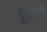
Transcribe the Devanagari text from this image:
पूछों